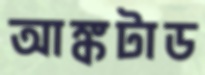
আঙ্কটাড